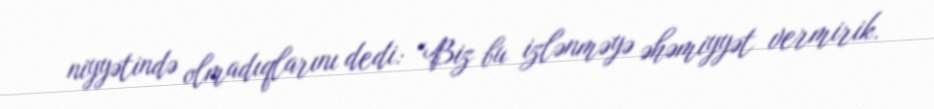
niyyətində olmadıqlarını dedi: “Biz bu izlənməyə əhəmiyyət vermirik.